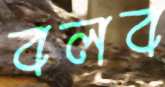
বলব